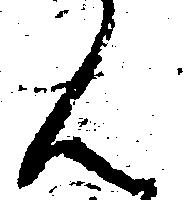
ん